Insane asylums in Bengal annual reports 1867-1875 - 1867-1875
Year: 1867
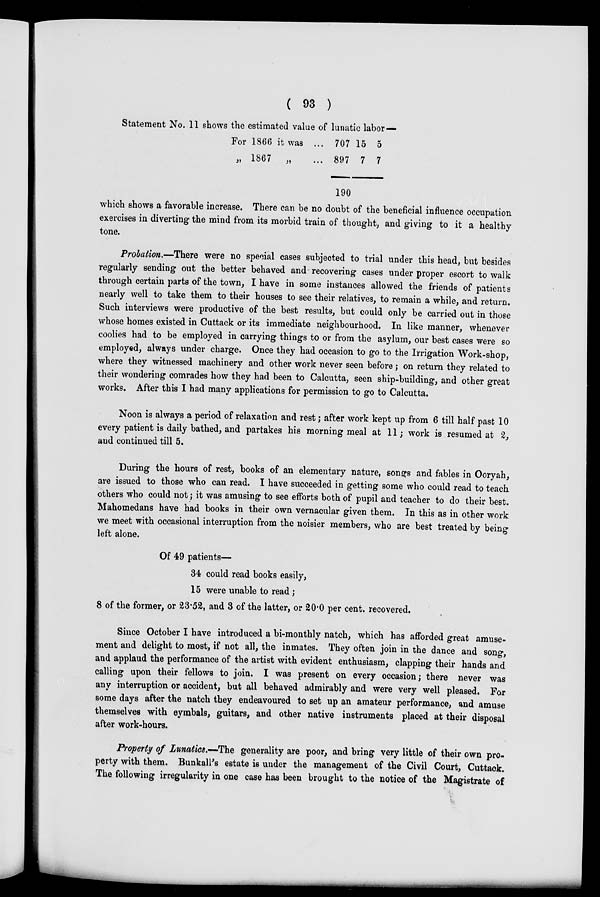
( 93 )
Statement No. 11 shows the estimated value of lunatic labor—
For 1866 it was ...
„ 1867 „ ...
707
897
190
15
7
5
7
which shows a favorable increase. There can be no doubt of the beneficial influence occupation
exercises in diverting the mind from its morbid train of thought, and giving to it a healthy-
tone.
Probation.—There were no special cases subjected to trial under this head, but besides
regularly sending out the better behaved and recovering cases under proper escort to walk
through certain parts of the town, I have in some instances allowed the friends of patients
nearly well to take them to their houses to see their relatives, to remain a while, and return.
Such interviews were productive of the best results, but could only be carried out in those
whose homes existed in Cuttack or its immediate neighbourhood. In like manner, whenever
coolies had to be employed in carrying things to or from the asylum, our best cases were so
employed, always under charge. Once they had occasion to go to the Irrigation Work-shop,
where they witnessed machinery and other work never seen before; on return they related to
their wondering comrades how they had been to Calcutta, seen ship-building, and other great
works. After this I had many applications for permission to go to Calcutta.
Noon is always a period of relaxation and rest ; after work kept up from 6 till half past 10
every patient is daily bathed, and partakes his morning meal at 11; work is resumed at 2,
and continued till 5.
During the hours of rest, books of an elementary nature, songs and fables in Ooryah,
are issued to those who can read. I have succeeded in getting some who could read to teach
others who could not; it was amusing to see efforts both of pupil and teacher to do their best.
Mahomedans have had books in their own vernacular given them. In this as in other work
we meet with occasional interruption from the noisier members, who are best treated by being
left alone.
Of 49 patients—
34 could read books easily,
15 were unable to read;
8 of the former, or 23.52, and 3 of the latter, or 20.0 per cent. recovered.
Since October I have introduced a bi-monthly natch, which has afforded great amuse-
ment and delight to most, if not all, the inmates. They often join in the dance and song,
and applaud the performance of the artist with evident enthusiasm, clapping their hands and
calling upon their fellows to join. I was present on every occasion; there never was
any interruption or accident, but all behaved admirably and were very well pleased. For
some days after the natch they endeavoured to set up an amateur performance, and amuse
themselves with eymbals, guitars, and other native instruments placed at their disposal
after work-hours.
Property of Lunatics.—The generality are poor, and bring very little of their own pro-
perty with them. Bunkall's estate is under the management of the Civil Court, Cuttack.
The following irregularity in one case has been brought to the notice of the Magistrate of